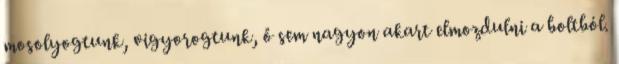
mosolyogtunk, vigyorogtunk, ő sem nagyon akart elmozdulni a boltból.